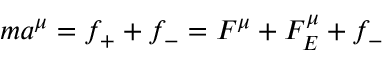
m a ^ { \mu } = f _ { + } + f _ { - } = F ^ { \mu } + F _ { E } ^ { \mu } + f _ { - }